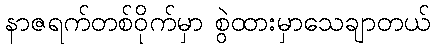
နာဇရက်တစ်ဝိုက်မှာ စွဲထားမှာသေချာတယ်